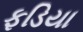
ફડિયા